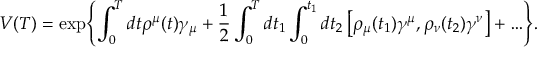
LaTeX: V ( T ) = \exp \Biggl \{ \int _ { 0 } ^ { T } d t \rho ^ { \mu } ( t ) \gamma _ { \mu } + \frac { 1 } { 2 } \int _ { 0 } ^ { T } d t _ { 1 } \int _ { 0 } ^ { t _ { 1 } } d t _ { 2 } \left[ \rho _ { \mu } ( t _ { 1 } ) \gamma ^ { \mu } , \rho _ { \nu } ( t _ { 2 } ) \gamma ^ { \nu } \right] + \ldots \Biggr \} .